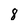
Character: 8